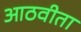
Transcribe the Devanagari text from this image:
आठवीता